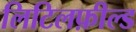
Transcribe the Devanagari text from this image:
लिटिलफ़ील्ड